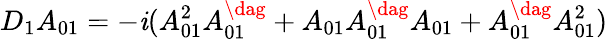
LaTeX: D_{1}A_{01}=-\mathit{i}(A_{01}^{2}A_{01}^{\dag}+A_{01}A_{01}^{\dag}A_{01}+A_{01}^{\dag}A_{01}^{2})